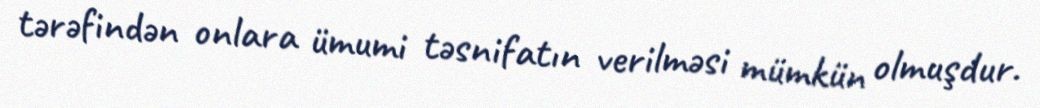
tərəfindən onlara ümumi təsnifatın verilməsi mümkün olmuşdur.